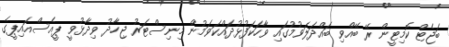
ބަޖެޓް ކޮމިޓީން ރޭ ބޭއްވި ބައްދަލަވުމުގައި ވާހަކަފުޅުދައްކަވަމުން މިނިސްޓަރު ޖިހާދު ވިދާޅުވީ ޕީއެސްއައިޕީގެ